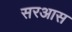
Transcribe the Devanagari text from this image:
सरआस